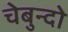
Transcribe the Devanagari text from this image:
चेबुन्दो